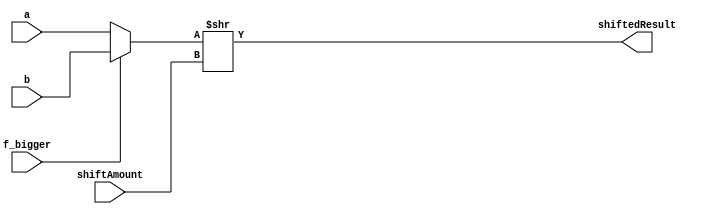
module shiftRegister (
    input [23:0] a,
    input [23:0] b,
    input f_bigger,
    input [4:0] shiftAmount,
    output [23:0] shiftedResult
);


wire [23:0] temp ;

assign temp = f_bigger ? b : a;


assign shiftedResult = temp >> shiftAmount;


    
endmodule

//11000001000001000000000000000001
//11000001000000001000000000000001


//01000000000000001000000000000001

//01000011101001000000001000000001

//00111010111101000000001000000001